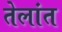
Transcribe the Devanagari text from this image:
तेलांत